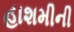
હાશમીની